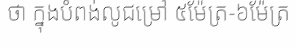
ថា ក្នុងបំពង់លូជម្រៅ ៥ម៉ែត្រ-៦ម៉ែត្រ